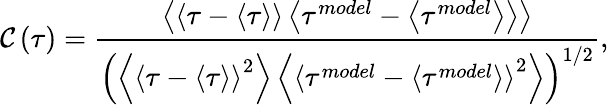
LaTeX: \mathcal{C}\left(\tau\right)=\frac{{\left\langle{\left\langle{\tau-\left\langle\tau\right\rangle}\right\rangle\left\langle{\tau^{model}-\left\langle\tau^{model}\right\rangle}\right\rangle}\right\rangle}}{{\left({\left\langle\left\langle{\tau-\left\langle\tau\right\rangle}\right\rangle^{2}\right\rangle\left\langle\left\langle{\tau^{model}-\left\langle\tau^{model}\right\rangle}\right\rangle^{2}\right\rangle}\right)^{1/2}}},